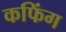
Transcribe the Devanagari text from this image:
कफिंग